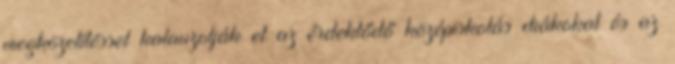
megközelítéssel kalauzolják el az érdeklődő középiskolás diákokat és az